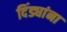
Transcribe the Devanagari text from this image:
दिंड्यांना